Vital statistics of India. Vol. IV, Annual returns from 1871 to 1876. British Army of India, Native Army and jails of Bengal
Year: 1871
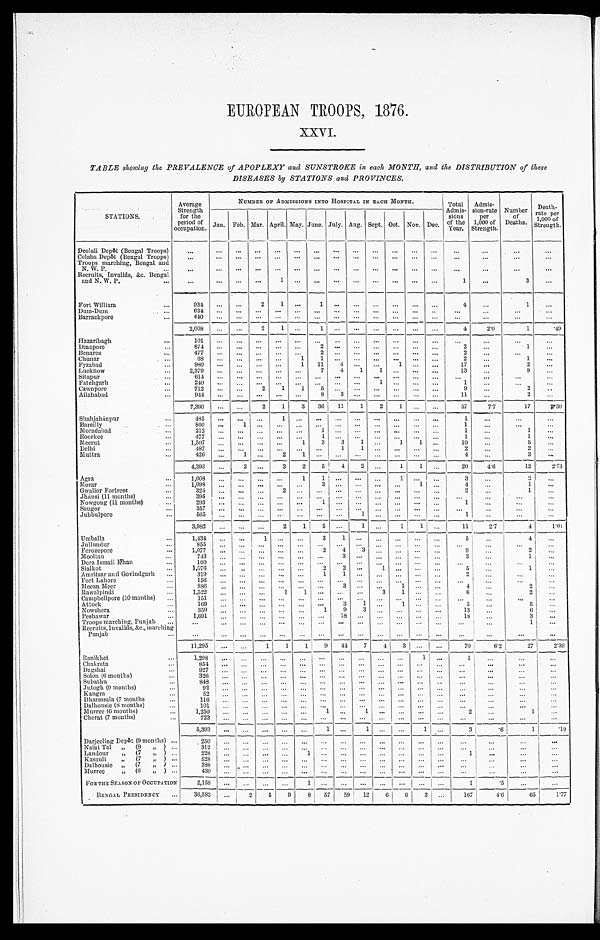
EUROPEAN TROOPS, 1876.
XXVI.
TABLE showing the PREVALENCE of APOPLEXY and SUNSTROKE in each MONTH, and the DISTRIBUTION of these
DISEASES by STATIONS and PROVINCES.
STATIONS.
Average
Strength
for the
period of
occupation.
NUMBER OF ADMISSIONS INTO HOSPITAL IN EACH MONTH.
Total
Admis-
sions
of the
Year.
Admis-
sion-rate
per
1,000 of
Strength.
Number
of
Deaths.
Death -
rate per
1, 000
of Strength.
Jan. Feb. Mar. April. May. June. July. Aug. Sept. Oct. Nov. Dec.
Deolali Depôt (Bengal Troops)
...
. . .
. . .
. . .
. . .
. . .
. . .
. . .
. . .
. . .
. . .
. . .
. . .
. . .
. . .
. . .
. . .
Colaba Depôt (Bengal Troops)
. . .
...
...
...
...
. . .
...
. . .
...
...
...
...
...
. . .
. . .
. . .
...
Troops marching, Bengal. and
N. W. P.
...
...
...
...
...
...
...
...
...
...
...
...
...
...
. . .
. . .
. . .
. . .
Recruits, Invalids, &c. Bengal
and N. W. P.
...
...
...
...
...
1
. . .
. . .
. . .
. . . ...
...
...
...
1
...
3
...
Fort William
...
934
...
...
2
1
. . . 1
. . .
. . .
. . .
. . . ...
...
4
. . .
1
...
Dum-Dum
...
634
... ...
. . .
. . .
...
...
...
...
...
...
. . .
. . .
. . .
. . .
... ...
Barrackpore
...
440 ...
. . . . . .
. . .
. . .
. . .
. . . ...
...
...
...
...
. . .
...
...
...
2,008 ...
...
2
1
--
...
1
. . .
. . .
. . . ...
. . .
. . .
4
2.0
1
. 4 9
Hazaribagh
...
101 ...
. . .
. . .
. . .
. . .
. . .
. . . ...
...
...
...
...
...
. . .
...
. . .
Dinapore
... 874
...
. . .
. . .
. . .
. . .
2
. . .
. . .
. . . ...
...
...
2
. . .
1
...
Benares
...
477 ...
. . .
. . .
. . .
. . . 2
. . . . . .
. . .
. . .
. . .
. . .
2
...
...
...
Chunar
...
68 ...
. . .
. . .
. . . 1
1 ...
...
...
...
...
...
2
...
1
...
Fyzabad
...
980 ...
. . .
. . .
. . . 1
11
4 ...
. . .
1
. . . ...
17
. . .
2
...
Lucknow
...
2,379 ...
...
. . . ...
...
7
4
1
1 ...
...
...
13
. . .
9 ...
Sitapur
...
6 1 4
...
...
...
. . . ...
...
. . .
. . .
...
. . . ...
...
...
...
...
. . .
Fatehgarh
... 240
...
. . .
. . . ...
...
...
...
...
1 ...
...
...
1
. . .
...
...
Cawnpore
...
712
...
...
2
1
1
5
. . .
. . .
. . .
...
. . .
. . .
9
. . .
2
. . .
Allahabad
... 944
...
. . .
. . .
. . .
. . .
8
3
. . .
. . .
...
. . . ...
11
...
2
. . .
7,390
...
. . .
2
1
3
36
11
1
2 1
. . .
. . .
57
7.7
17
< i l l > . 3 0
Shahjahánpur
...
485 ...
. . .
. . . 1 ...
...
. . . ...
. . .
. . .
. . . ...
1
...
... ...
Bareilly
...
800
...
1
. . .
. . .
. . .
. . .
. . .
. . .
. . .
...
. . .
. . .
1
. . .
. . .
. . .
Moradabad
...
212
...
...
. . . ...
...
1
. . .
. . .
. . .
...
. . .
. . .
1
...
1
...
Roorkee
... 477
...
. . .
. . .
. . .
. . .
1
. . .
. . .
. . .
...
...
...
1
. . .
1
. . .
Meerut
...
1,507 ...
. . .
. . . . . .
1
3
3
1
. . .
1
1 ...
10
...
5 ...
Delhi
...
4 8 7
...
. . .
. . .
. . .
. . .
. . .
1
1
. . .
. . .
. . .
...
2
. . .
2
. . .
Muttra
...
426
...
1 ...
2
1
. . .
. . .
. . .
. . . ...
...
...
4
...
3
. . .
4,393
...
2
. . .
3
2
5
4
2
. . .
1
1 ...
20
4 . 6
12
2.73
Agra
...
1,008
...
. . .
. . .
. . .
1
1
. . .
. . .
. . .
1
. . .
. . .
3
...
2 ...
Morar
...
1 , 0 9 8
...
. . .
. . .
. . .
. . .
3
. . . ...
...
. . .
1
. . .
4
. . .
1
...
Gwalior Fortress
...
324
...
...
...
2
. . . ...
. . . ...
...
...
...
...
2
. . .
1 ...
Jhánsi (11 months)
... 395
...
. . .
. . .
. . .
. . .
. . .
. . .
. . . ...
...
. . .
. . . ...
. . .
... ...
Nowgong (11 months)
...
293 ...
. . .
. . .
. . .
. . .
1
. . . ...
. . .
. . .
. . .
. . .
1
...
...
...
Saugor
...
357
. . .
. . .
. . .
. . .
. . .
. . .
. . .
. . .
. . .
. . .
. . .
. . .
. . .
. . .
...
...
Jubbulpore
...
565 ...
. . .
. . .
. . .
. . .
. . .
. . .
1 ...
...
...
...
1
. . .
. . .
...
3,982 ...
... . . .
2
1
5 ...
1
. . .
1
1
. . .
11
2.7
4
1.01
Umballa
...
1,434 ...
...
1
. . .
. . .
3
1
. . .
. . .
. . .
. . .
. . .
5
. . .
4
...
Jullundur
...
855
. . .
. . .
. . .
. . .
. . .
. . .
. . .
. . .
. . . ...
...
. . .
. . .
. . .
...
. . .
Ferozepore
... 1,077
. . .
. . .
. . .
. . .
. . .
2
4
3
. . . ...
. . .
. . .
9
. . .
2
...
Mooltan
...
743
. . . ...
. . .
. . . ...
...
3
. . .
. . . ...
. . . ...
3
...
1
...
Dera Ismail Khan
...
100 ...
...
. . . ...
. . . ...
...
. . . ...
...
...
. . .
. . .
. . .
. . . ...
Sialkot
...
1,076
...
. . .
. . .
. . .
. . .
2
2
. . .
1
. . .
. . .
. . .
5
. . .
1
...
Amritsar and Govindgarh ...
319
...
...
. . . ...
. . .
1
1
. . .
. . .
...
. . .
. . .
2
. . .
... ...
Fort Lahore
... 156
...
. . .
. . .
. . .
. . .
. . .
. . .
. . .
. . .
...
. . .
. . .
. . .
. . .
. . . ...
Meean Meer
...
886 ...
. . .
. . .
. . .
. . .
. . .
3
. . . ...
1
. . .
. . .
••• 4
. . .
2
...
Rawalpindi
...
1,522
. . . ...
...
1
1
. . .
. . .
. . .
3
1
. . .
. . .
6
. . .
2 ...
Campbcllpore (10 months)
...
151 ...
. . . .
. . .
. . .
. . .
. . .
. . .
. . .
. . .
. . .
. . .
. . .
. . .
...
. . .
...
Attock
...
169 ...
...
...
. . .
. . .
. . .
3
1 ...
1
. . .
. . .
5
...
5
. . .
Nowshera
...
359 ...
. . .
. . .
. . .
. . .
1
9
3
. . .
. . . ...
...
13
. . .
6
...
Peshawar
...
1,691
. . .
. . . ..
...
...
. . .
1 8
. . .
. . .
. . .
. . .
. . .
18
. . .
3 ...
Troops marching, Punjab ...
. . . . . .
. . .
. . .
. . .
. . .
. . .
. . .
. . .
. . .
. . .
. . .
. . .
...
...
1
...
Recruits, Invalids, &c., marching
Punjab
. . .
. . . ...
...
...
. . .
. . .
. . . ...
. . .
. . .
. . .
. . .
...
. . .
. . .
. . .
...
11,295
...
. . .
1
1
1
9
44
7
4
3
. . .
. . .
70
6.2
27
2.39
Ranikhet
...
1,298
...
...
. . .
. . .
. . . ...
...
...
...
...
1 ...—
1
. . .
. . .
...
Chakrata
...
854 ...
. . .
. . . ...
. . .
. . .
. . .
. . .
. . .
. . .
. . . ...
...
. . .
...
...
Dagshai
. . .
927 ...
. . . ...
...
. . .
. . .
. . .
. . .
. . .
. . .
. . . ...
...
...
. . .
...
Solon (6 months)
...
326
. . . ...
...
. . .
. . .
. . .
. . .
. . .
. . .
. . .
. . .
. . . ...
. . .
. . .
...
Subathu
...
848
...
...
...
. . .
. . .
. . .
. . .
. . .
. . .
. . .
. . .
. . .
...
...
... ...
Jutogh (9 months)
. . .
92
...
...
...
. . . ...
...
. . .
. . .
. . .
. . .
. . .
. . .
. . .
. . .
. . .
. . .
Kangr a
...
5 2
. . .
. . .
. . .
. . .
. . .
. . .
. . .
. . .
. . .
. . .
. . .
. . .
...
. . .
. . .
. . .
Dharmsala (7 months
...
1 1 6
. . .
. . .
. . .
. . .
. . .
. . .
. . .
. . .
. . .
. . .
. . .
. . .
...
. . .
... ...
Dalhousie (8 months)
. . .
101
...
...
. . .
. . .
. . .
. . .
. . .
. . .
. . . ...
...
. . .
. . .
...
...
. . .
Murree (6 months )
. . .
1 , 2 5 0
. . .
. . .
. . .
. . .
. . .
1
. . .
1
. . . ... ...
2
. . .
1 ...
Chcrat (7 months)
...
7 2 3
. . .
. . .
. . .
. . .
. . .
. . .
. . .
. . .
. . .
. . .
. . .
. . .
. . .
...
...
. . .
5,393 ...
...
...
...
...
1
. . .
1
. . .
. . .
1 ...
3
.6
1
.19
Darjeeling Depôt (9 months) .... 250
...
. . .
. . .
. . .
. . .
. . .
. . . ...
...
...
. . . ...
. . .
...
...
. . .
Naini Tal „ (9 ,, ) ... 312
...
. . .
. . .
. . . ...
...
...
. . . ... ...
...
...
...
...
... ...
Landour
„ (7 ,, ) ...
228
...
. . .
. . .
. . .
1
. . .
. . .
. . .
. . .
. . .
. . .
. . .
1
...
... ...
Kasauli
„ (7 „ ) ...
528
. . .
. . .
. . .
. . . ...
...
. . . ...
. . .
. . .
. . . ...
. . .
. . .
...
. . .
Dalhousie „ (7 „ ) ...
3 8 8
. . .
. . .
. . .
. . .
. . .
. . .
. . .
. . .
. . .
. . .
. . .
. . .
. . .
. . .
. . .
. . .
Murree
,,(6 ,,) ...
4 3 0
. . . . . .
. . .
. . .
. . .
. . .
. . .
. . .
. . .
...
. . .
. . .
. . .
. . .
. . .
. . .
FOR THE SEASON OF OCCUPATION
2,158
...
. . .
. . .
. . .
1
. . .
. . .
. . .
. . .
...
. . .
. . .
1
.5
...
. . .
BENGAL PRESIDENCY
...
.
36,582
. . .
2 5
9 8
5 7
5 9
12
6 6
3
. . .
167
4.6
65
1 . 7 7